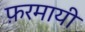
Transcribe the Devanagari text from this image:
फ़रमायी